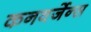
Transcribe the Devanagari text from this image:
कनवर्जेन्स